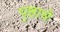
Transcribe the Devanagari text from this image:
पृष्ठाचे